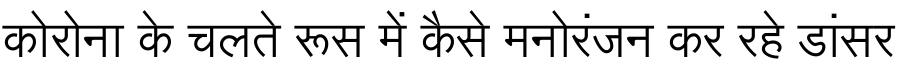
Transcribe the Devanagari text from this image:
कोरोना के चलते रूस में कैसे मनोरंजन कर रहे डांसर